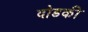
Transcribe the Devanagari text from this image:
दोडकी